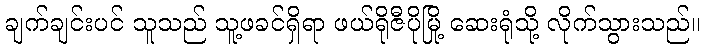
ချက်ချင်းပင် သူသည် သူ့ဖခင်ရှိရာ ဖယ်ရိုဇီပိုမြို့ ဆေးရုံသို့ လိုက်သွားသည်။